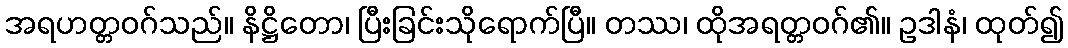
အရဟတ္တဝဂ်သည်။ နိဋ္ဌိတော၊ ပြီးခြင်းသိုရောက်ပြီ။ တဿ၊ ထိုအရတ္တဝဂ်၏။ ဥဒါနံ၊ ထုတ်၍